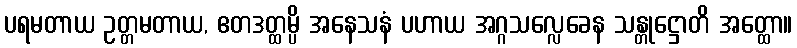
ပရမတာယ ဥတ္တမတာယ, ဧတဒတ္ထမ္ပိ အနေသနံ ပဟာယ အဂ္ဂသလ္လေခေန သန္တုဋ္ဌောတိ အတ္ထော။